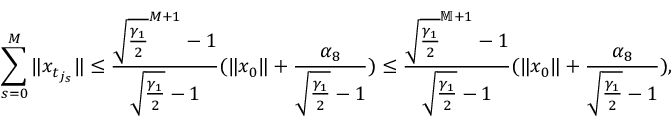
\sum _ { s = 0 } ^ { M } \| x _ { t _ { j _ { s } } } \| \leq \frac { \sqrt { \frac { \gamma _ { 1 } } { 2 } } ^ { M + 1 } - 1 } { \sqrt { \frac { \gamma _ { 1 } } { 2 } } - 1 } ( \| x _ { 0 } \| + \frac { \alpha _ { 8 } } { \sqrt { \frac { \gamma _ { 1 } } { 2 } } - 1 } ) \leq \frac { \sqrt { \frac { \gamma _ { 1 } } { 2 } } ^ { \mathbb M + 1 } - 1 } { \sqrt { \frac { \gamma _ { 1 } } { 2 } } - 1 } ( \| x _ { 0 } \| + \frac { \alpha _ { 8 } } { \sqrt { \frac { \gamma _ { 1 } } { 2 } } - 1 } ) ,